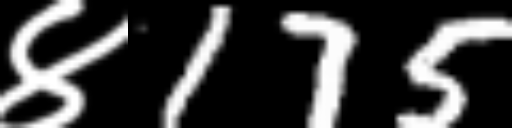
Text: ४175